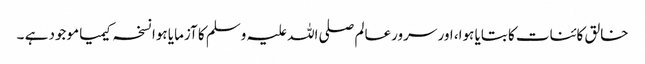
خالق کائنات کا بتایا ہوا، اور سرورعالم صلی اللہ علیہ وسلم کا آزمایا ہوا نسخہ کیمیا موجود ہے ۔